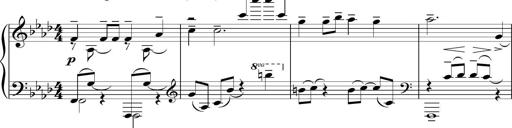
Title: Sonatina del HuÃ©car
Composer: JosÃ© Miguel Moreno Sabio